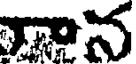
న